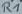
Text: R1